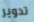
تدوير